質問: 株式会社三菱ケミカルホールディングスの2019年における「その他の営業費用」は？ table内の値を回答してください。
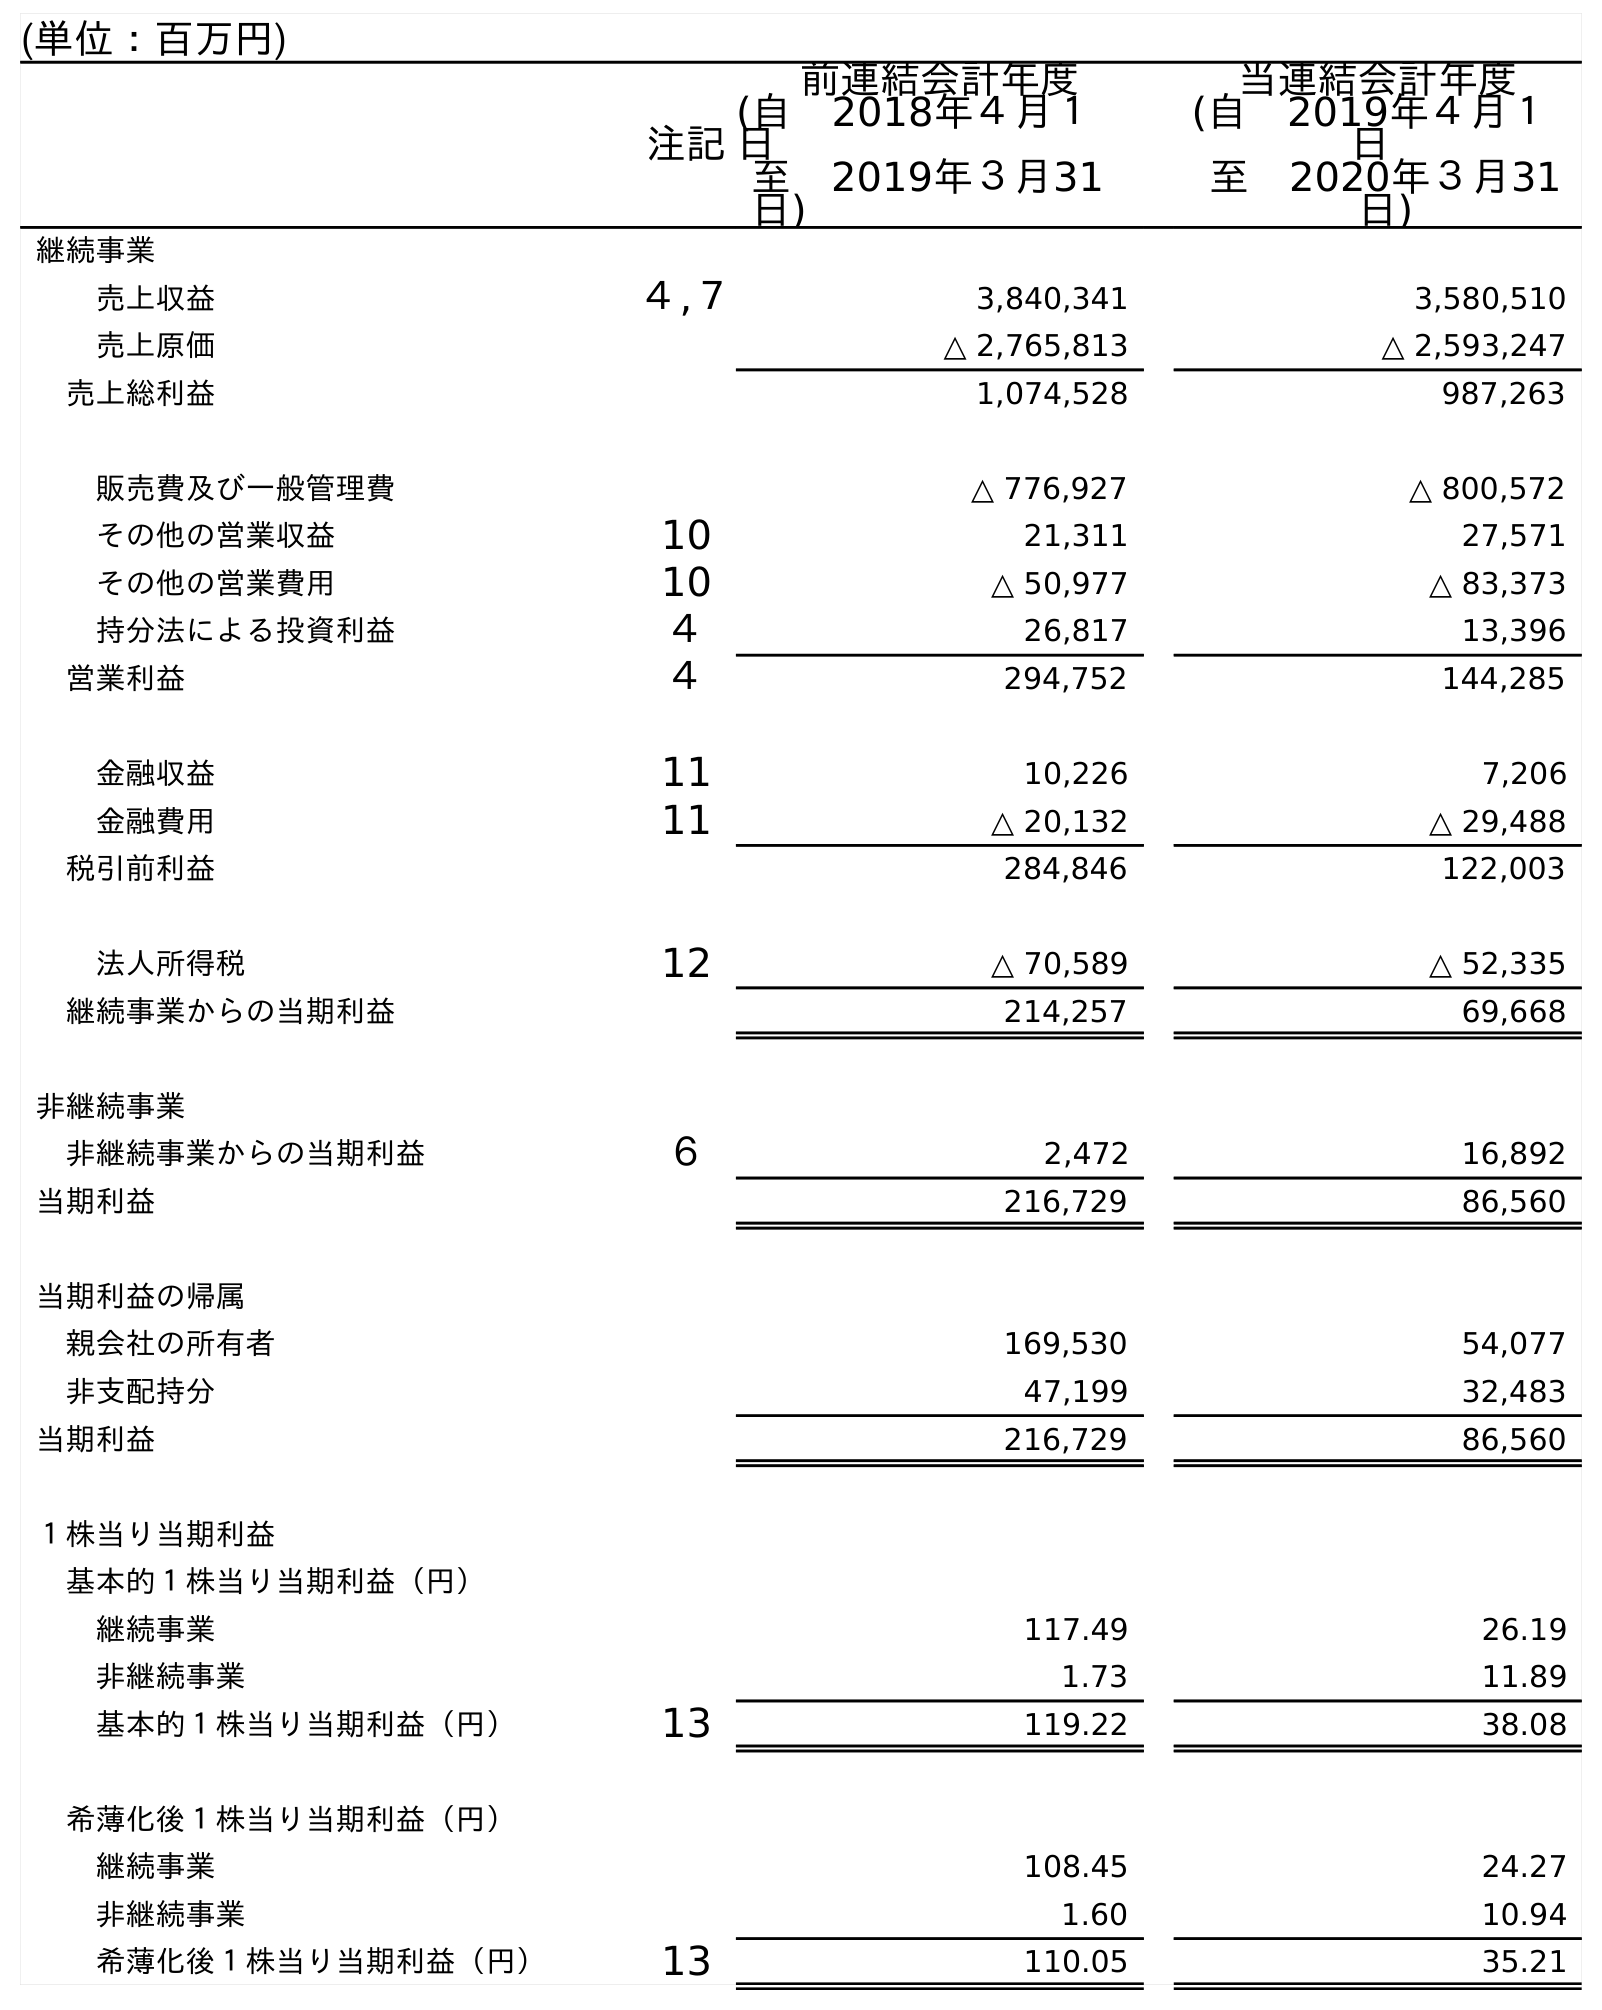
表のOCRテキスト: (単位：百万円) 注記 前連結会計年度 (自 2018年４月１ 日 至 2019年３月31 日) 当連結会計年度 (自 2019年４月１ 日 至 2020年３月31 日) 継続事業 売上収益 ４,７ 3,840,341 3,580,510 売上原価 △ 2,765,813 △ 2,593,247 売上総利益 1,074,528 987,263 販売費及び一般管理費 △ 776,927 △ 800,572 その他の営業収益 10 21,311 27,571 その他の営業費用 10 △ 50,977 △ 83,373 持分法による投資利益 ４ 26,817 13,396 営業利益 ４ 294,752 144,285 金融収益 11 10,226 7,206 金融費用 11 △ 20,132 △ 29,488 税引前利益 284,846 122,003 法人所得税 12 △ 70,589 △ 52,335 継続事業からの当期利益 214,257 69,668 非継続事業 非継続事業からの当期利益 ６ 2,472 16,892 当期利益 216,729 86,560 当期利益の帰属 親会社の所有者 169,530 54,077 非支配持分 47,199 32,483 当期利益 216,729 86,560 １株当り当期利益 基本的１株当り当期利益（円） 継続事業 117.49 26.19 非継続事業 1.73 11.89 基本的１株当り当期利益（円） 13 119.22 38.08 希薄化後１株当り当期利益（円） 継続事業 108.45 24.27 非継続事業 1.60 10.94 希薄化後１株当り当期利益（円） 13 110.05 35.21
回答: △50,977